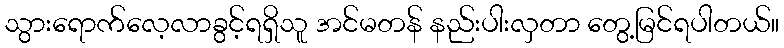
သွားရောက်လေ့လာခွင့်ရရှိသူ အင်မတန် နည်းပါးလှတာ တွေ့မြင်ရပါတယ်။